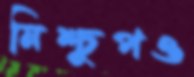
নিশ্চুপও